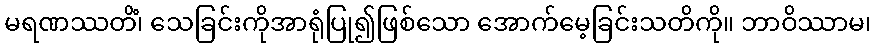
မရဏဿတိံ၊ သေခြင်းကိုအာရုံပြု၍ဖြစ်သော အောက်မေ့ခြင်းသတိကို။ ဘာဝိဿာမ၊